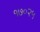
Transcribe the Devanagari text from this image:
१७०२५